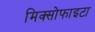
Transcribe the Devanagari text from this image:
मिक्सोफाइटा